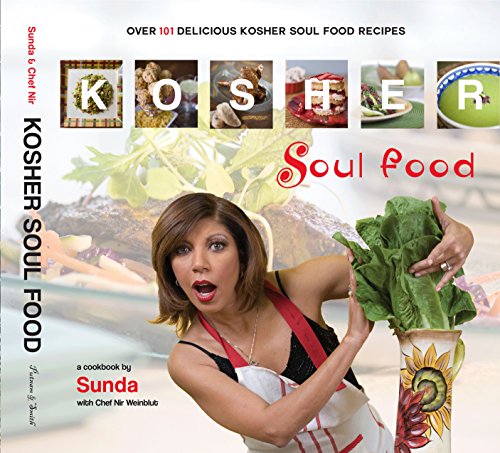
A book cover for Kosher Soul Food; Sunda Croonquist & Chef Nir Weinblut; Cookbooks, Food & Wine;